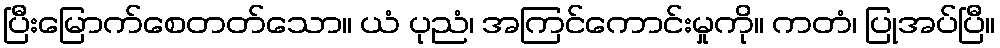
ပြီးမြောက်စေတတ်သော။ ယံ ပုညံ၊ အကြင်ကောင်းမှုကို။ ကတံ၊ ပြုအပ်ပြီ။